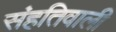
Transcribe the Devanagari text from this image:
संहतिवाली